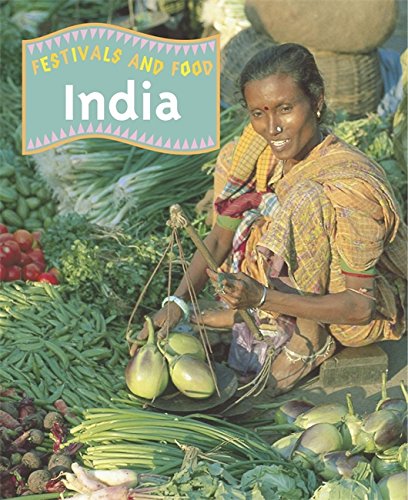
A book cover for India (Festivals & Food); Mike Hirst; Children's Books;